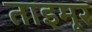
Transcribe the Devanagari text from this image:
ताइमूर